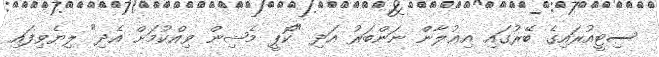
ސިޓީއުރައިގެ ބޭރުގައި އިޢުލާން ނަންބަރު އަދި "ކޮޕީ މެޝިން ވިއްކުމަށް އެދި" ލިޔެވިފައި